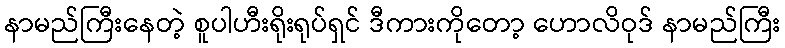
နာမည်ကြီးနေတဲ့ စူပါဟီးရိုးရုပ်ရှင် ဒီကားကိုတော့ ဟောလိဝုဒ် နာမည်ကြီး